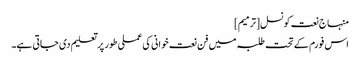
منہاج نعت کونسل[ترمیم]
اس فورم کے تحت طلبہ میں فن نعت خوانی کی عملی طور پر تعلیم دی جاتی ہے۔